Report of the Indian Hemp Drugs Commission, 1894-1895 - Volume VI
Year: 1894
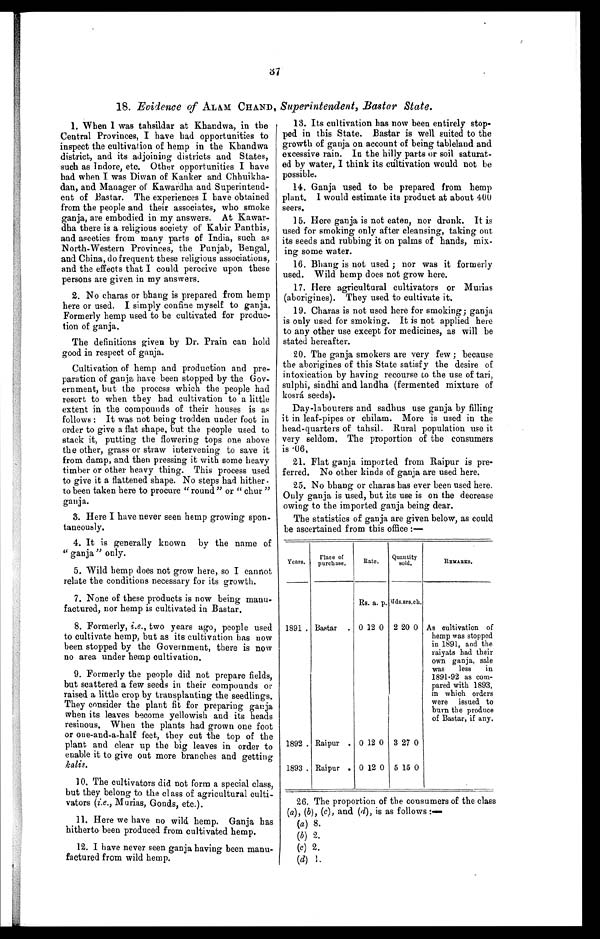
37
18. Evidence of ALAM CHAND, Superintendent, Bastar State.
1. When I was tahsildar at Khandwa, in the
Central Provinces, I have bad opportunities to
inspect the cultivation of hemp in the Khandwa
district, and its adjoining districts and States,
such as Indore, etc. Other opportunities I have
had when I was Diwan of Kanker and Chhuikha
-dan, and Manager of Kawardha and Superintend
- e n t o f B a s t a r . T h e e x p e r i e n c e s I h a v e o b t a i n e d
from the people and their associates, who smoke
ganja, are embodied in my answers. At Kawar
- d h a t h e r e i s a r e l i g i o u s s o c i e t y o f K a b i r P a n t h i s ,
and ascetics from many parts of India, such as
North-Western Provinces, the Punjab, Bengal,
and China, do frequent these religious associations,
and the effects that I could perceive upon these
persons are given in my answers.
2. No charas or bhang is prepared from hemp
here or used. I simply confine myself to ganja.
Formerly hemp used to be cultivated for produc
-tion of ganja.
The definitions given by Dr. Prain can hold
good in respect of ganja.
Cultivation of hemp and production and pre
-paration of ganja have been stopped by the Gov
- e r n m e n t , b u t t h e p r o c e s s w h i c h t h e p e o p l e h a d
resort to when they bad cultivation to a little
extent in the compounds of their houses is as
follows: It was not being trodden under foot in
order to give a flat shape, but the people used to
stack it, putting the flowering tops one above
the other, grass or straw intervening to save it
from damp, and then pressing it with some heavy
timber or other heavy thing. This process used
to give it a flattened shape. No steps had hither.
to been taken here to procure "round" or "chur"
ganja.
3. Here I have never seen hemp growing spon
-taneously.
4. It is generally known by the name of
"ganja" only.
5. Wild hemp does not grow here, so I cannot
relate the conditions necessary for its growth.
7. None of these products is now being manu
-factured, nor hemp is cultivated in Bastar.
8. Formerly, i.e., two years ago, people used
to cultivate hemp, but as its cultivation has now
been stopped by the Government, there is now
no area under hemp cultivation.
9. Formerly the people did not prepare fields,
but scattered a few seeds in their compounds or
raised a little crop by transplanting the seedlings.
They consider the plant fit for preparing ganja,
when its leaves become yellowish and its heads
resinous. When the plants had grown one foot
or one-and-a-half feet, they cut the top of the
plant and clear up the big leaves in order to
enable it to give out more branches and getting
kalis.
10. The cultivators did not form a special class,
but they belong to the class of agricultural culti
-vators (i.e., Murias, Gonds, etc.).
11. Here we have no wild hemp. Ganja has
hitherto been produced from cultivated hemp.
12. I have never seen ganja having been manu
-factured from wild hemp.
13. Its cultivation has now been entirely stop
- p e d i n t h i s S t a t e . B a s t a r i s w e l l s u i t e d t o t h e
growth of ganja on account of being tableland and
excessive rain. In the hilly parts or soil saturat
- e d b y w a t e r , I t h i n k i t s c u l t i v a t i o n w o u l d n o t b e
possible.
14. Ganja used to be prepared from hemp
plant. I would estimate its product at about 400
seers.
15. Here ganja is not eaten, nor drunk. It is
used for smoking only after cleansing, taking out
its seeds and rubbing it on palms of hands, mix
-ing some water.
16. Bhang is not used; nor was it formerly
used. Wild hemp does not grow here.
17. Here agricultural cultivators or Murias
(aborigines). They used to cultivate it.
19. Charas is not used here for smoking; ganja
is only used for smoking. It is not applied here
to any other use except for medicines, as will be
stated hereafter.
20. The ganja smokers are very few; because
the aborigines of this State satisfy the desire of
intoxication by having recourse to the use of tari,
sulphi, sindhi and landha (fermented mixture of
kosrá seeds).
Day-labourers and sadhus use ganja by filling
it in leaf-pipes or chilam. More is used in the
head-quarters of tahsil. Rural population use it
very seldom. The proportion of the consumers
is •06.
21. Flat ganja imported from Raipur is pre
-ferred. No other kinds of ganja are used here.
25. No bhang or charas has ever been used here.
Only ganja is used, but its use is on the decrease
owing to the imported ganja being dear.
The statistics of ganja are given below, as could
be ascertained from this office:—
Years. Place o
f p u r c h a s e .
Rate. Quantity sold.
R E M A R K S .
Rs. a. p. Mds.srs.ch.
1891 . Bastar . 0 12 0 2 20 0 As cultivation of
hemp was stopped
in 1891, and the
raiyats had their
own ganja, sale
was less in
1891-92 as com
-pared with 1893,
in which orders
were issued to
burn the produce
of Bastar, if any.
1892 . Raipur . 0 12 0 3 27 0
1893 . Raipur . 0 12 0 5 15 0
26. The proportion of the consumers of the class
(a), (b), (c), and (d), is as follows
(a) 8.
(b) 2.
(c) 2.
(d) 1.